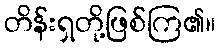
တိန်းရှတို့ဖြစ်ကြ၏။